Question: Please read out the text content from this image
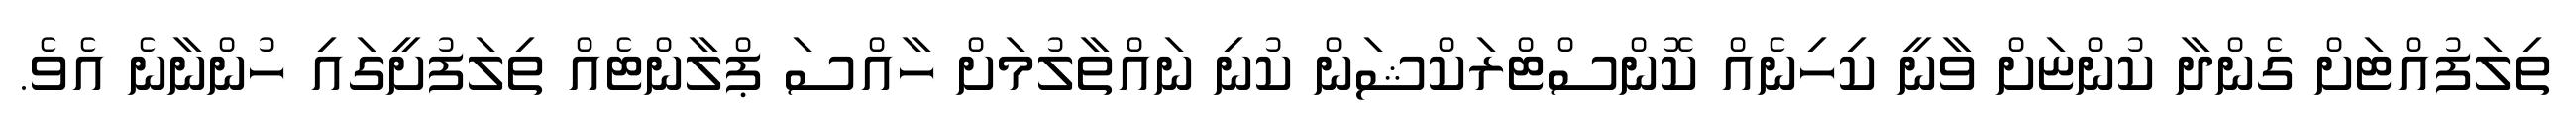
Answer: ތިލަފުއްޓަށް ގެންދާ ކުންޏަށް ވާނީ ކިހިނެއް ކޮންސްޓްރަކްޝަން ކުނި ނައްތާލުމަށް ހާއްސަ ޕްލާންޓެއް ތިލަފުށީގައި ހުންނާނެ އެވެ.